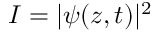
I = | \psi ( z , t ) | ^ { 2 }